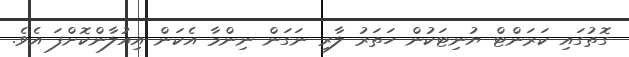
ގޮތުގައި ކަރަންޓް ޔުނިޓަކުން ހަަތަރު ލާރި ނަގަން ނިންމާ އެކަން އިއުލާންކޮށްފަ އެވެ.